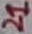
Text: 21